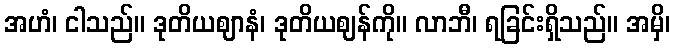
အဟံ၊ ငါသည်။ ဒုတိယဈာနံ၊ ဒုတိယဈန်ကို။ လာဘီ၊ ရခြင်းရှိသည်။ အမှိ၊